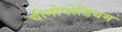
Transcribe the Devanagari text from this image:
चीनोपोडियम